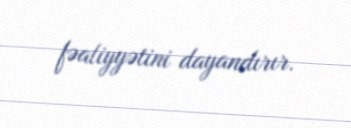
fəaliyyətini dayandırır.